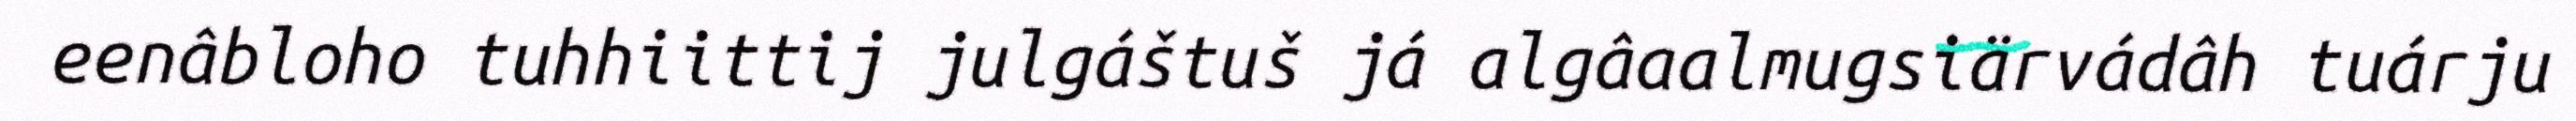
eenâbloho tuhhiittij julgáštuš já algâaalmugsiärvádâh tuárju